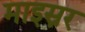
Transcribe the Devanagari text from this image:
माइस्नर